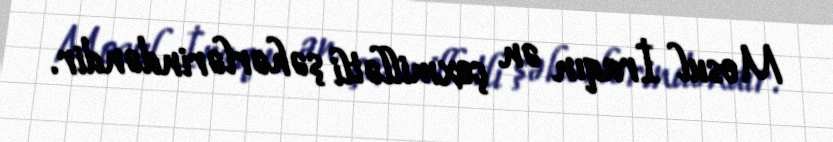
Mosul İraqın ən çoxmillətli şəhərlərindəndir.